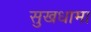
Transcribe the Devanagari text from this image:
सुखधामा